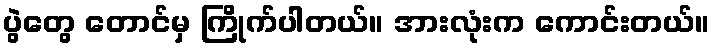
ပွဲတွေ တောင်မှ ကြိုက်ပါတယ်။ အားလုံးက ကောင်းတယ်။